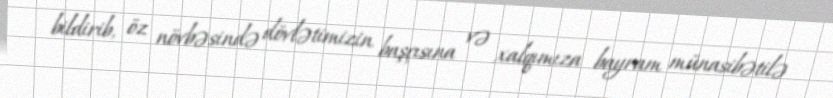
bildirib, öz növbəsində dövlətimizin başçısına və xalqımıza bayram münasibətilə